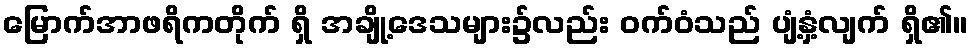
မြောက်အာဖရိကတိုက် ရှိ အချို့ဒေသများ၌လည်း ဝက်ဝံသည် ပျံ့နှံ့လျက် ရှိ၏။